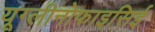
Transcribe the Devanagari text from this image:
यूग्लीनोफाइसिई